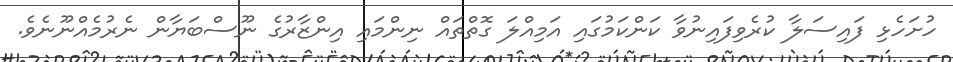
ހުށަހެޅި ފައިސަލާ ކުރެވިފައިނުވާ ކަންކަމުގައި އަމިއްލަ ގޮތްތައް ނިންމައި އިންޒާރުގެ ނޫސްބަޔާން ނެރުމެއްނޫނެވެ.